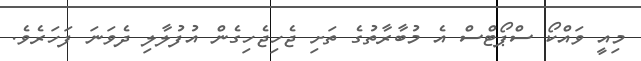
މިއީ ވައްކޯ ސްޕޯޓްސް އެ މުބާރާތުގެ ތަށި ޖެހިޖެހިގެން އުފުލާލި ދެވަނަ ފަހަރެވެ.